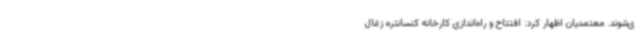
ی‌شوند. معتمدیان اظهار کرد: افتتاح و راه‌اندازی کارخانه کنسانتره زغال